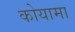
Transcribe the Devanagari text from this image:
कोयामा